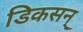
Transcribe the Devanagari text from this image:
डिकसन्